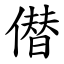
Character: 僣